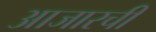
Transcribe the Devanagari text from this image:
आजारची